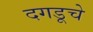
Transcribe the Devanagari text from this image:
दगडूचे